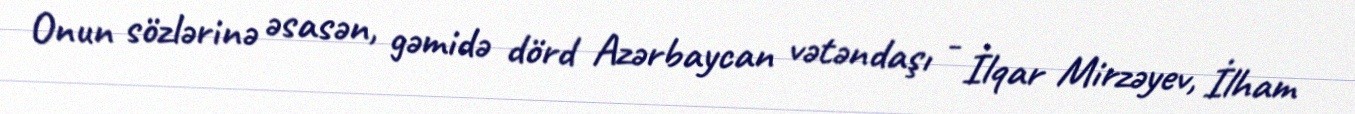
Onun sözlərinə əsasən, gəmidə dörd Azərbaycan vətəndaşı - İlqar Mirzəyev, İlham